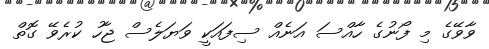
ވާވޭގެ މި ފޯނުގެ ހާއްސަ އަނެއް ސިފައަކީ ވަޔަލެސް ޖާހު ކުރެވޭ ގޮތް